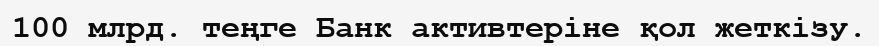
100 млрд. теңге Банк активтеріне қол жеткізу.